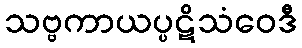
သဗ္ဗကာယပ္ပဋိသံဝေဒီ